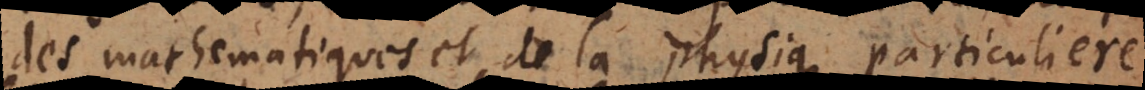
des mathematiques et de la physique particuliere.